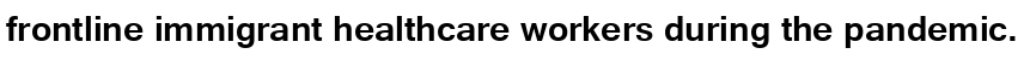
frontline immigrant healthcare workers during the pandemic.